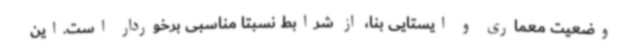
وضعیت معماری و ایستایی بنا، از شرابط نسبتاً مناسبی برخوردار است.این